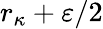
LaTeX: r_{\kappa}+\varepsilon/2